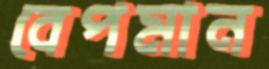
বেপমান